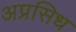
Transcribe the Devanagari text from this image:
अप्रसिध